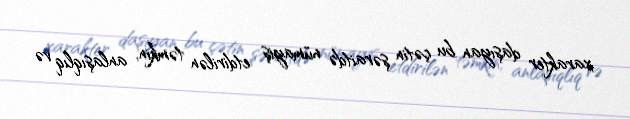
xarakter daşıyan bu çətin şəraitdə nümayiş etdirilən təmkin, anlaşıqlıq və